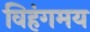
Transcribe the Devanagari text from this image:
विहंगमय